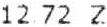
12.72 Z